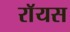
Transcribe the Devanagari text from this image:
राॅयस